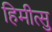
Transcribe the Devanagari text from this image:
हिमीत्सु